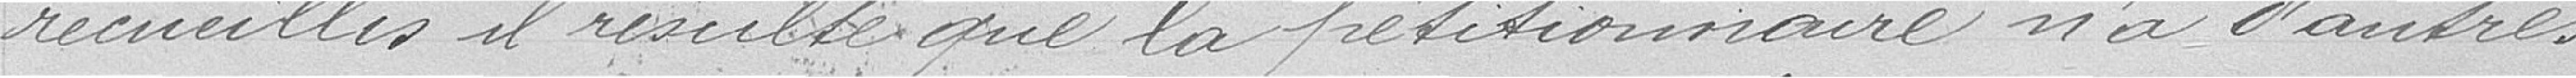
recueillis, il résulte que la pétitionnaire n'a d'autres